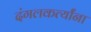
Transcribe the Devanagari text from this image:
दंगलकर्त्यांना